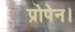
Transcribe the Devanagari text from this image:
प्रोपेन।